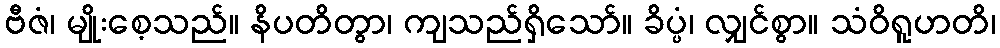
ဗီဇံ၊ မျိုးစေ့သည်။ နိပတိတွာ၊ ကျသည်ရှိသော်။ ခိပ္ပံ၊ လျှင်စွာ။ သံဝိရူဟတိ၊